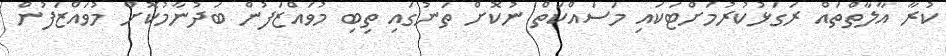
ކުރާ އާލާތްތައް ރަގަޅުކުރުމަށްޓަކައި މަސައްކަތް ނުކޮށް ތަނުގައި ތިބި މުވައްޒަފުން ބަދުނާމުކޮށް މުވައްޒަފުން